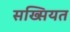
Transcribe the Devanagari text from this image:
सख्सियत